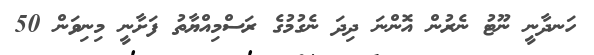
ހަނދާނީ ނޫޓު ނެރުން އޮންނަ ދިދަ ނެގުމުގެ ރަސްމިއްޔާތު ފަށާނީ މިނިވަން 50